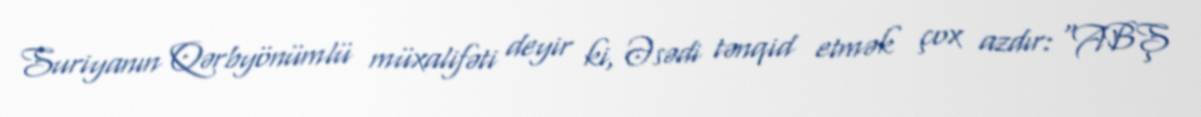
Suriyanın Qərbyönümlü müxalifəti deyir ki, Əsədi tənqid etmək çox azdır: “ABŞ